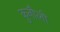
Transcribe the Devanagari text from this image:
कुनौली